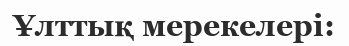
Ұлттық мерекелері: